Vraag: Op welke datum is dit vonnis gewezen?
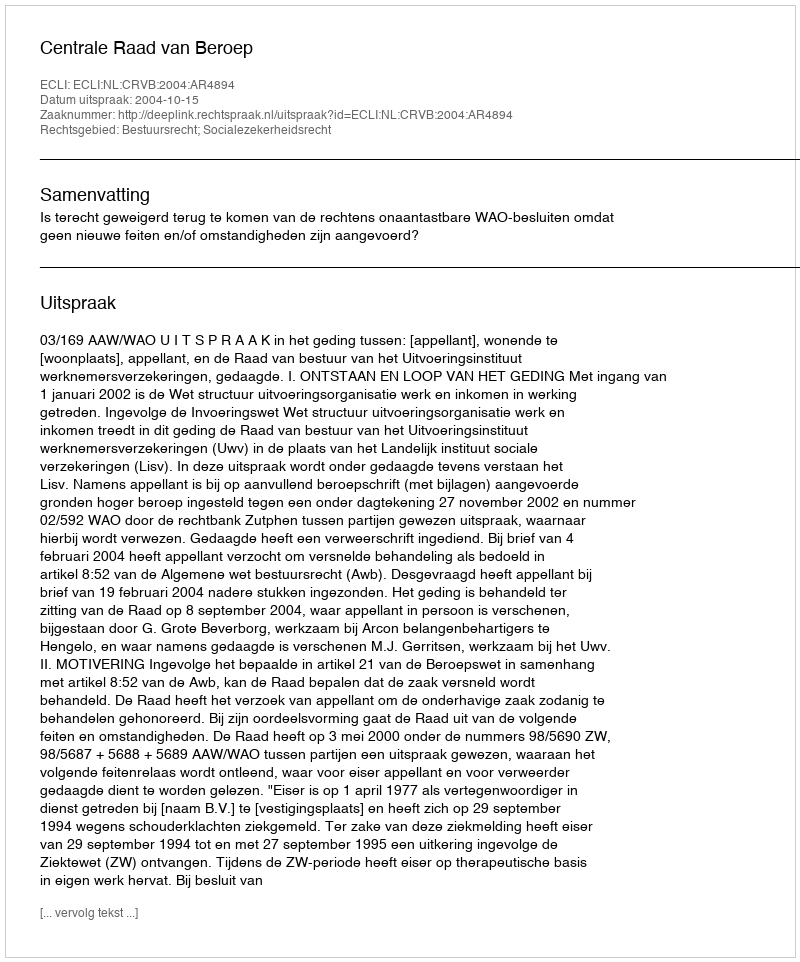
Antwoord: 2004-10-15